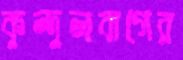
কুন্দুলবাগের